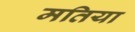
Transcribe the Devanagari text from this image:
मतिया